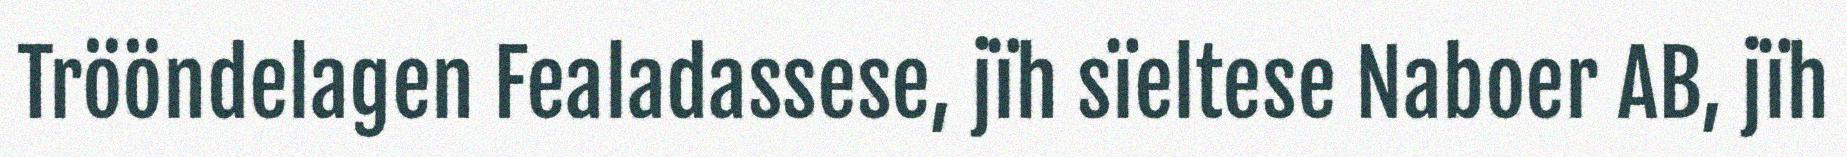
Trööndelagen Fealadassese, jïh sïeltese Naboer AB, jïh